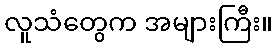
လူသံတွေက အများကြီး။